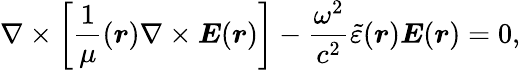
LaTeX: \nabla\times\left[\frac{1}{\mu}(\boldsymbol{r})\nabla\times\boldsymbol{E}(\boldsymbol{r})\right]-\frac{\omega^{2}}{c^{2}}\tilde{\varepsilon}(\boldsymbol{r})\boldsymbol{E}(\boldsymbol{r})=0,